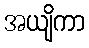
အယျိကာ